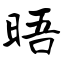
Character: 晤